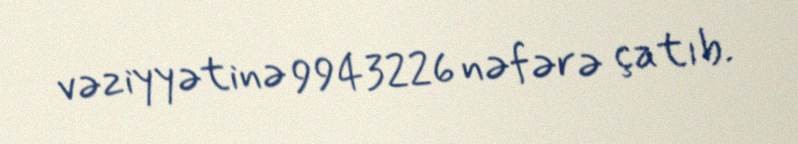
vəziyyətinə 9943226 nəfərə çatıb.